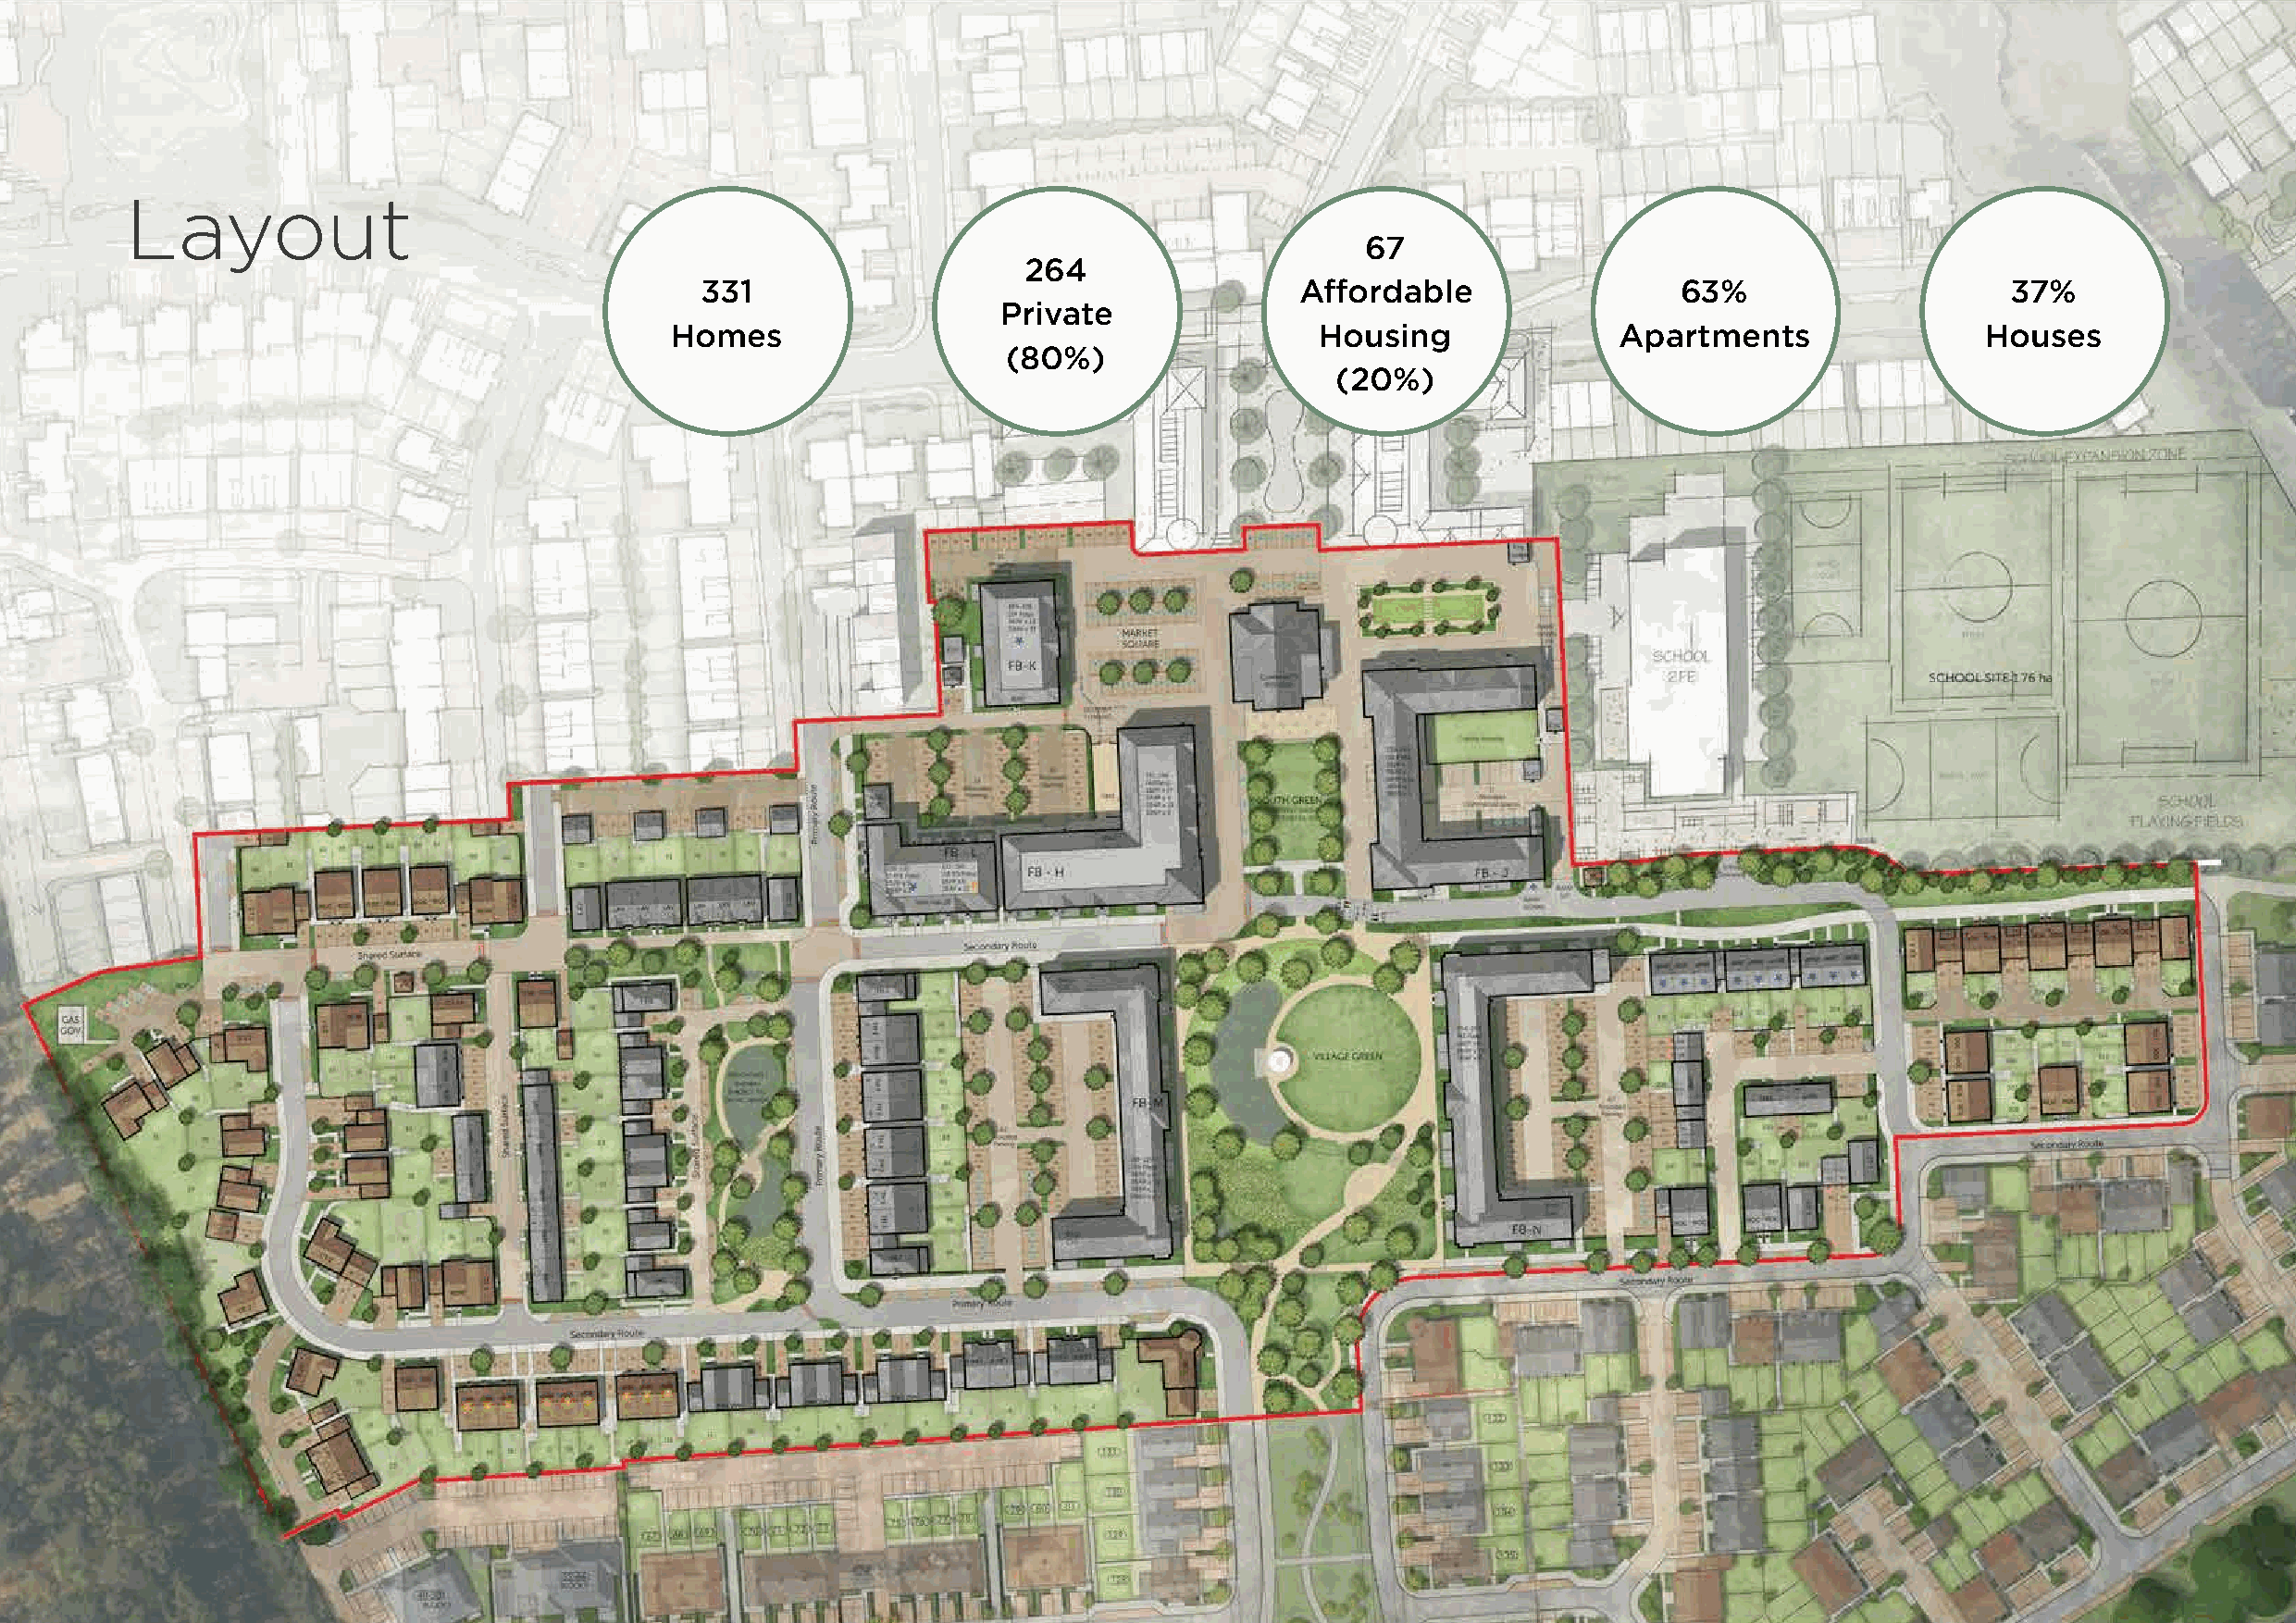
Layout
 67
 264
 331                                        Affordable                 63%                     37%
 Private
 Homes                                         Housing               Apartments                Houses
 (80%)
 (20%)